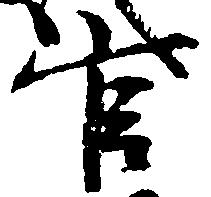
官